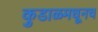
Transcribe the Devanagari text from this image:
कुडाळमधूनच